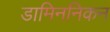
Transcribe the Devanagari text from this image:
डामिननिकन